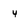
Character: 4